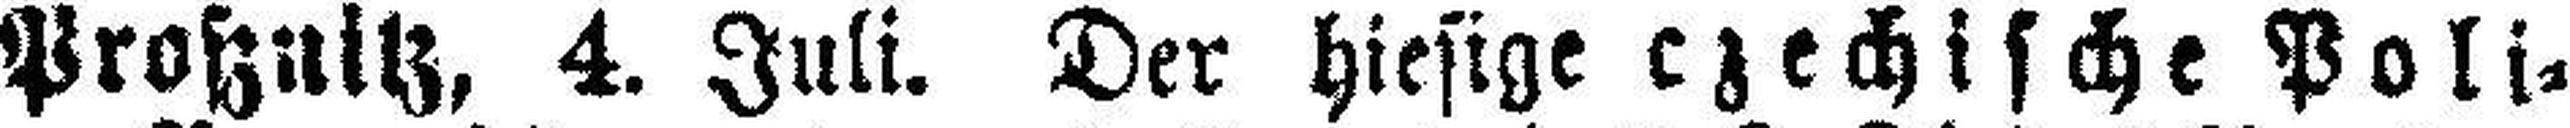
Proßnitz, 4. Juli. Der hiesige czechische Poli¬